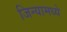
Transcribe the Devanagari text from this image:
जिन्यामध्ये